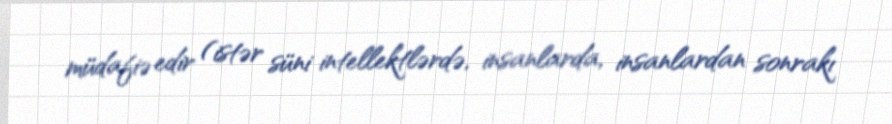
müdafiə edir (istər süni intellektlərdə, insanlarda, insanlardan sonrakı